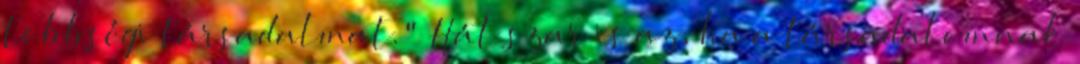
többségi társadalmat." Hát szar is az, ha a társadalomnak